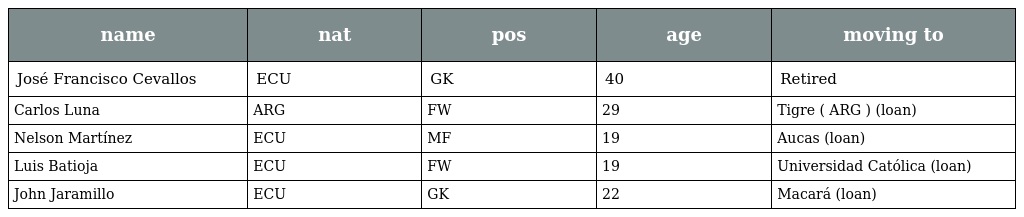
| name | nat | pos | age | moving to |
 | --- | --- | --- | --- | --- |
 | José Francisco Cevallos | ECU | GK | 40 | Retired |
 | Carlos Luna | ARG | FW | 29 | Tigre ( ARG ) (loan) |
 | Nelson Martínez | ECU | MF | 19 | Aucas (loan) |
 | Luis Batioja | ECU | FW | 19 | Universidad Católica (loan) |
 | John Jaramillo | ECU | GK | 22 | Macará (loan) |